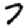
Digit: 7